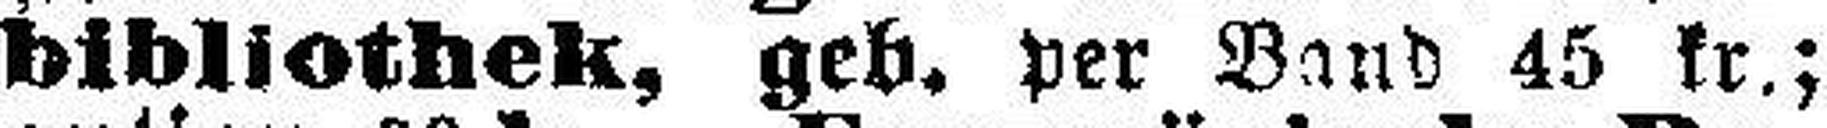
bibliothek, geb. per Band 45 kr.;